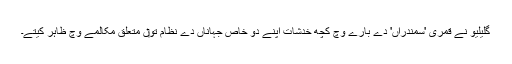
گلیلیو نے قمری 'سمندراں' دے بارے وچ کچھ خدشات اپنے دو خاص جہاناں دے نظام تو‏ں متعلق مکالمے وچ ظاہر کیتے۔